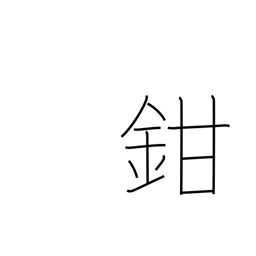
Meaning: shut up